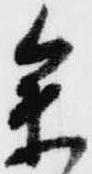
参